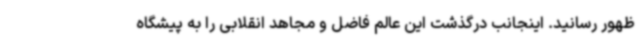
ظهور رسانید. اینجانب درگذشت این عالم فاضل و مجاهد انقلابی را به پیشگاه